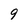
Character: 9